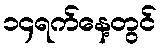
၁၄ရက်နေ့တွင်